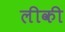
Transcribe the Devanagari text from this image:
लीकी